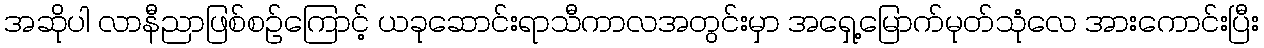
အဆိုပါ လာနီညာဖြစ်စဉ်ကြောင့် ယခုဆောင်းရာသီကာလအတွင်းမှာ အရှေ့မြောက်မုတ်သုံလေ အားကောင်းပြီး